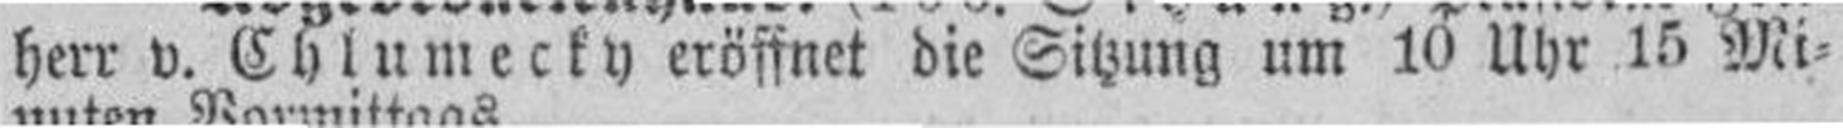
herr v. Chlumecky eröffnet die Sitzung um 10 Uhr 15 Mi¬